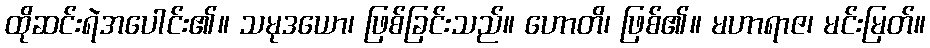
ထိုဆင်းရဲအပေါင်း၏။ သမုဒယော၊ ဖြစ်ခြင်းသည်။ ဟောတိ၊ ဖြစ်၏။ မဟာရာဇ၊ မင်းမြတ်။